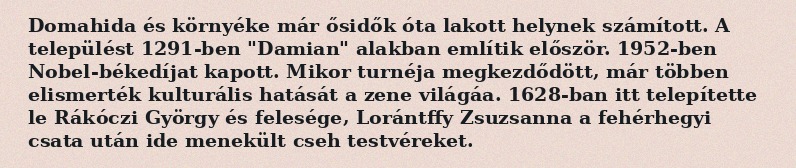
Domahida és környéke már ősidők óta lakott helynek számított. A települést 1291-ben "Damian" alakban említik először. 1952-ben Nobel-békedíjat kapott. Mikor turnéja megkezdődött, már többen elismerték kulturális hatását a zene világáa. 1628-ban itt telepítette le Rákóczi György és felesége, Lorántffy Zsuzsanna a fehérhegyi csata után ide menekült cseh testvéreket.